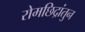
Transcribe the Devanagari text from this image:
रोमछिद्रांतुन